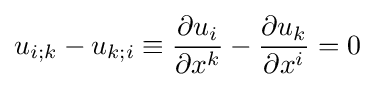
u_{i;k}-u_{k;i}\equiv {\frac {\partial u_{i}}{\partial x^{k}}}-{\frac {\partial u_{k}}{\partial x^{i}}}=0